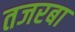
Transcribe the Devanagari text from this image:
तजरबा